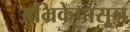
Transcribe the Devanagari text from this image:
अभ्रिकेपासून